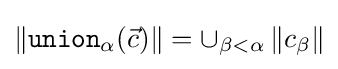
\left\|{\mathtt {union}}_{\alpha }({\vec {c}})\right\|=\cup _{\beta <\alpha }\left\|c_{\beta }\right\|